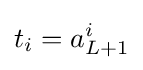
t_{i}=a_{L+1}^{i}